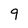
Character: 9